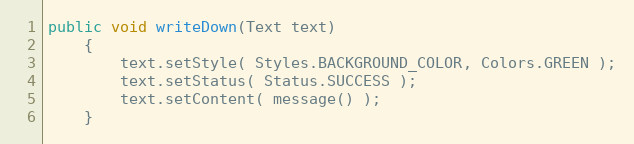
Language: Java
public void writeDown(Text text)
    {
        text.setStyle( Styles.BACKGROUND_COLOR, Colors.GREEN );
        text.setStatus( Status.SUCCESS );
        text.setContent( message() );
    }